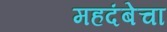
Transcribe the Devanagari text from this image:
महदंबेचा